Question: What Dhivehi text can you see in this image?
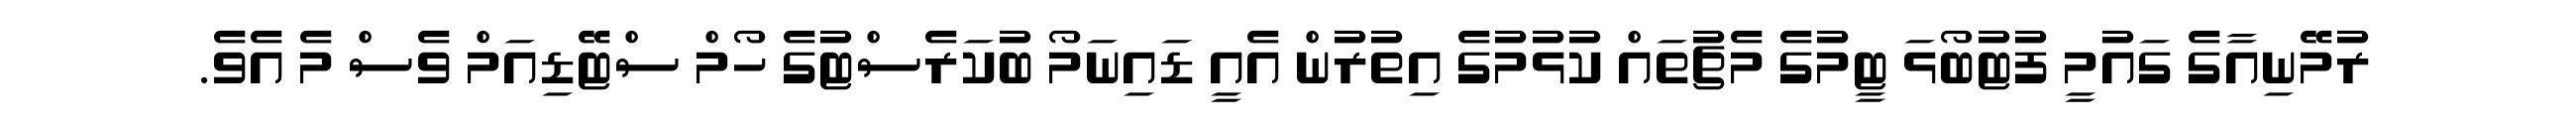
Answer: ރުމޭނިއާގެ ގައުމީ ފުޓުބޯޅަ ޓީމުގެ މެޗުތައް ކުޅުމުގެ އިތުރުން އެއީ ޑައިނަމޯ ބުކަރެސްޓުގެ ހޯމް ސްޓޭޑިއަމް ވެސް މެ އެވެ.